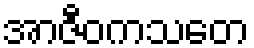
အာဇီဝကသတေ